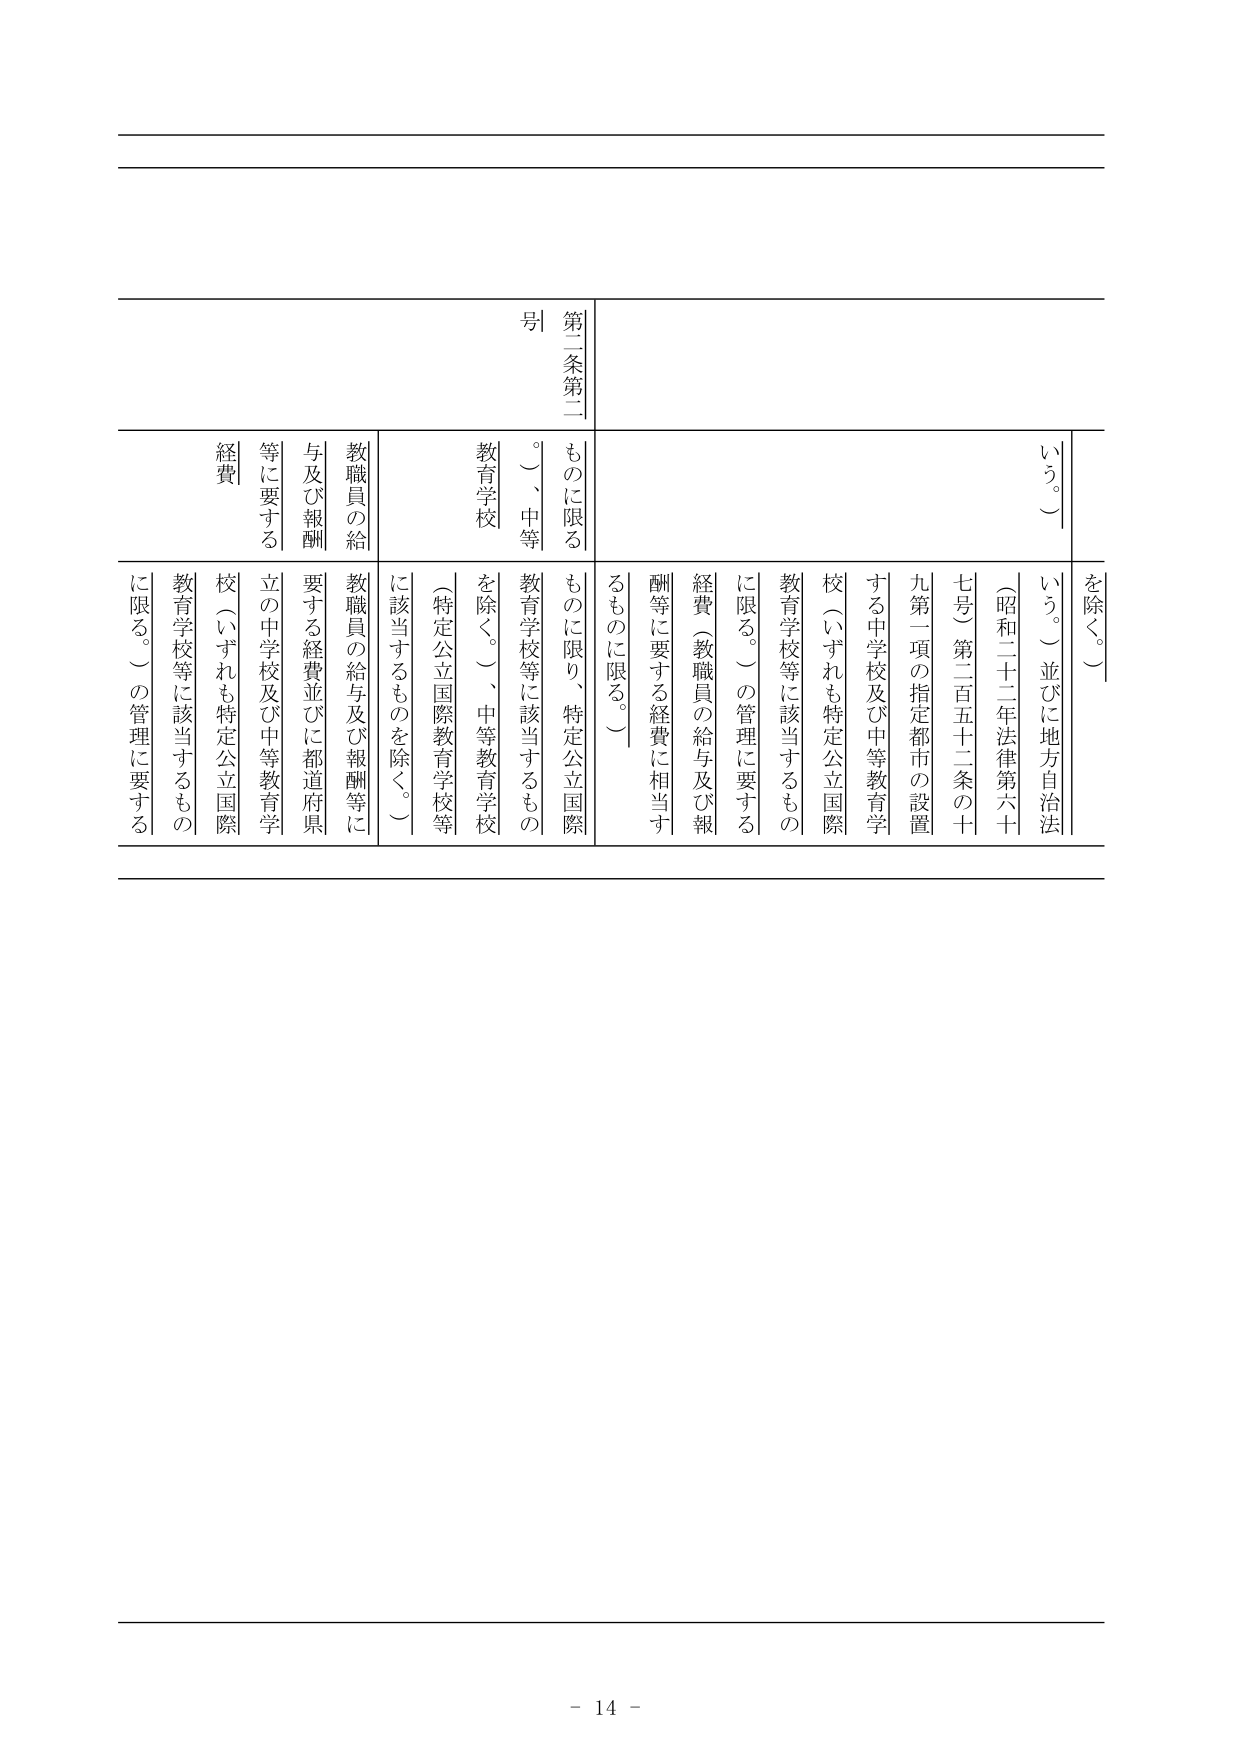
第二条第二号
ものに限る。
（一、中等教育学校）

教職員の給与及び報酬等に要する経費
（特定公立国際教育学校等に該当するものを除く。）

教職員の給与及び報酬等に要する経費並びに都道府県立の中学校及び中等教育学校（いずれも特定公立国際教育学校等に該当するものに限る。）の管理に要する経費

を除く。）
いう。）並びに地方自治法（昭和二十二年法律第六十七号）第二百五十二条の十九第一項の指定都市の設置する中学校及び中等教育学校（いずれも特定公立国際教育学校等に該当するものに限る。）の管理に要する経費（教職員の給与及び報酬等に要する経費に相当するものに限る。）

- 14 -